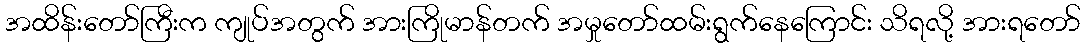
အထိန်းတော်ကြီးက ကျုပ်အတွက် အားကြိုမာန်တက် အမှုတော်ထမ်းရွက်နေကြောင်း သိရလို့ အားရတော်